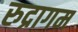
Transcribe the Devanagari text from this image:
रुद्रागम